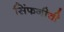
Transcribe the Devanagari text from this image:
सिंफनीची